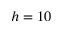
h = 1 0